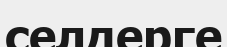
селдерге